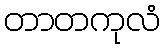
တာတကုလံ